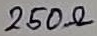
Text: 250Ω